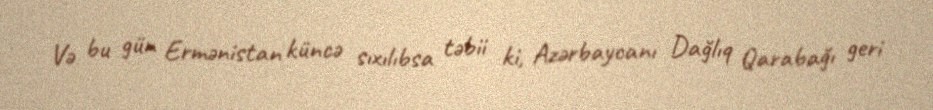
Və bu gün Ermənistan küncə sıxılıbsa təbii ki, Azərbaycanı Dağlıq Qarabağı geri